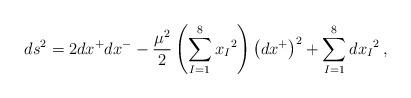
LaTeX: \begin{align*}ds^2 = 2 dx^+ dx^- - \frac{\mu^2}{2} \left( \sum_{I=1}^8 {x_I}^2 \right) \left( dx^+ \right)^2 + \sum_{I=1}^8 {dx_I}^2 \,,\end{align*}